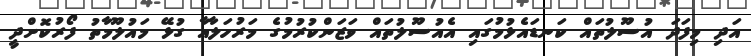
އަދި މިފަދަ އުސޫލުތައް ކަނޑައެޅުމުގައި އެއުސޫލުތައް ވަޒަންކުރުމުގެ މަރުހަލާއާ ގުޅޭ މައުލޫމާތު ފޯރުކޮށްދީ